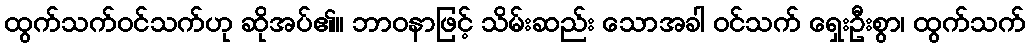
ထွက်သက်ဝင်သက်ဟု ဆိုအပ်၏။ ဘာဝနာဖြင့် သိမ်းဆည်း သောအခါ ဝင်သက် ရှေးဦးစွာ၊ ထွက်သက်